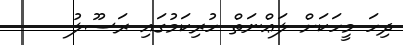
ދިހަ މީހަކަށް ލަޢްނަތް ހުރިކަމުގައި ރަސޫލު